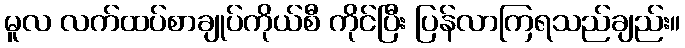
မူလ လက်ထပ်စာချုပ်ကိုယ်စီ ကိုင်ပြီး ပြန်လာကြရသည်ချည်း။